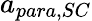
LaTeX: a_{para,SC}